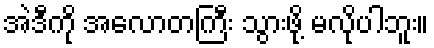
အဲဒီကို အလောတကြီး သွားဖို့ မလိုပါဘူး။